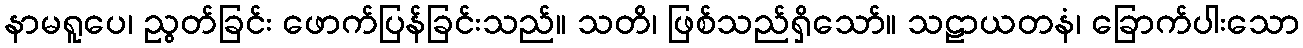
နာမရူပေ၊ ညွတ်ခြင်း ဖောက်ပြန်ခြင်းသည်။ သတိ၊ ဖြစ်သည်ရှိသော်။ သဠာယတနံ၊ ခြောက်ပါးသော